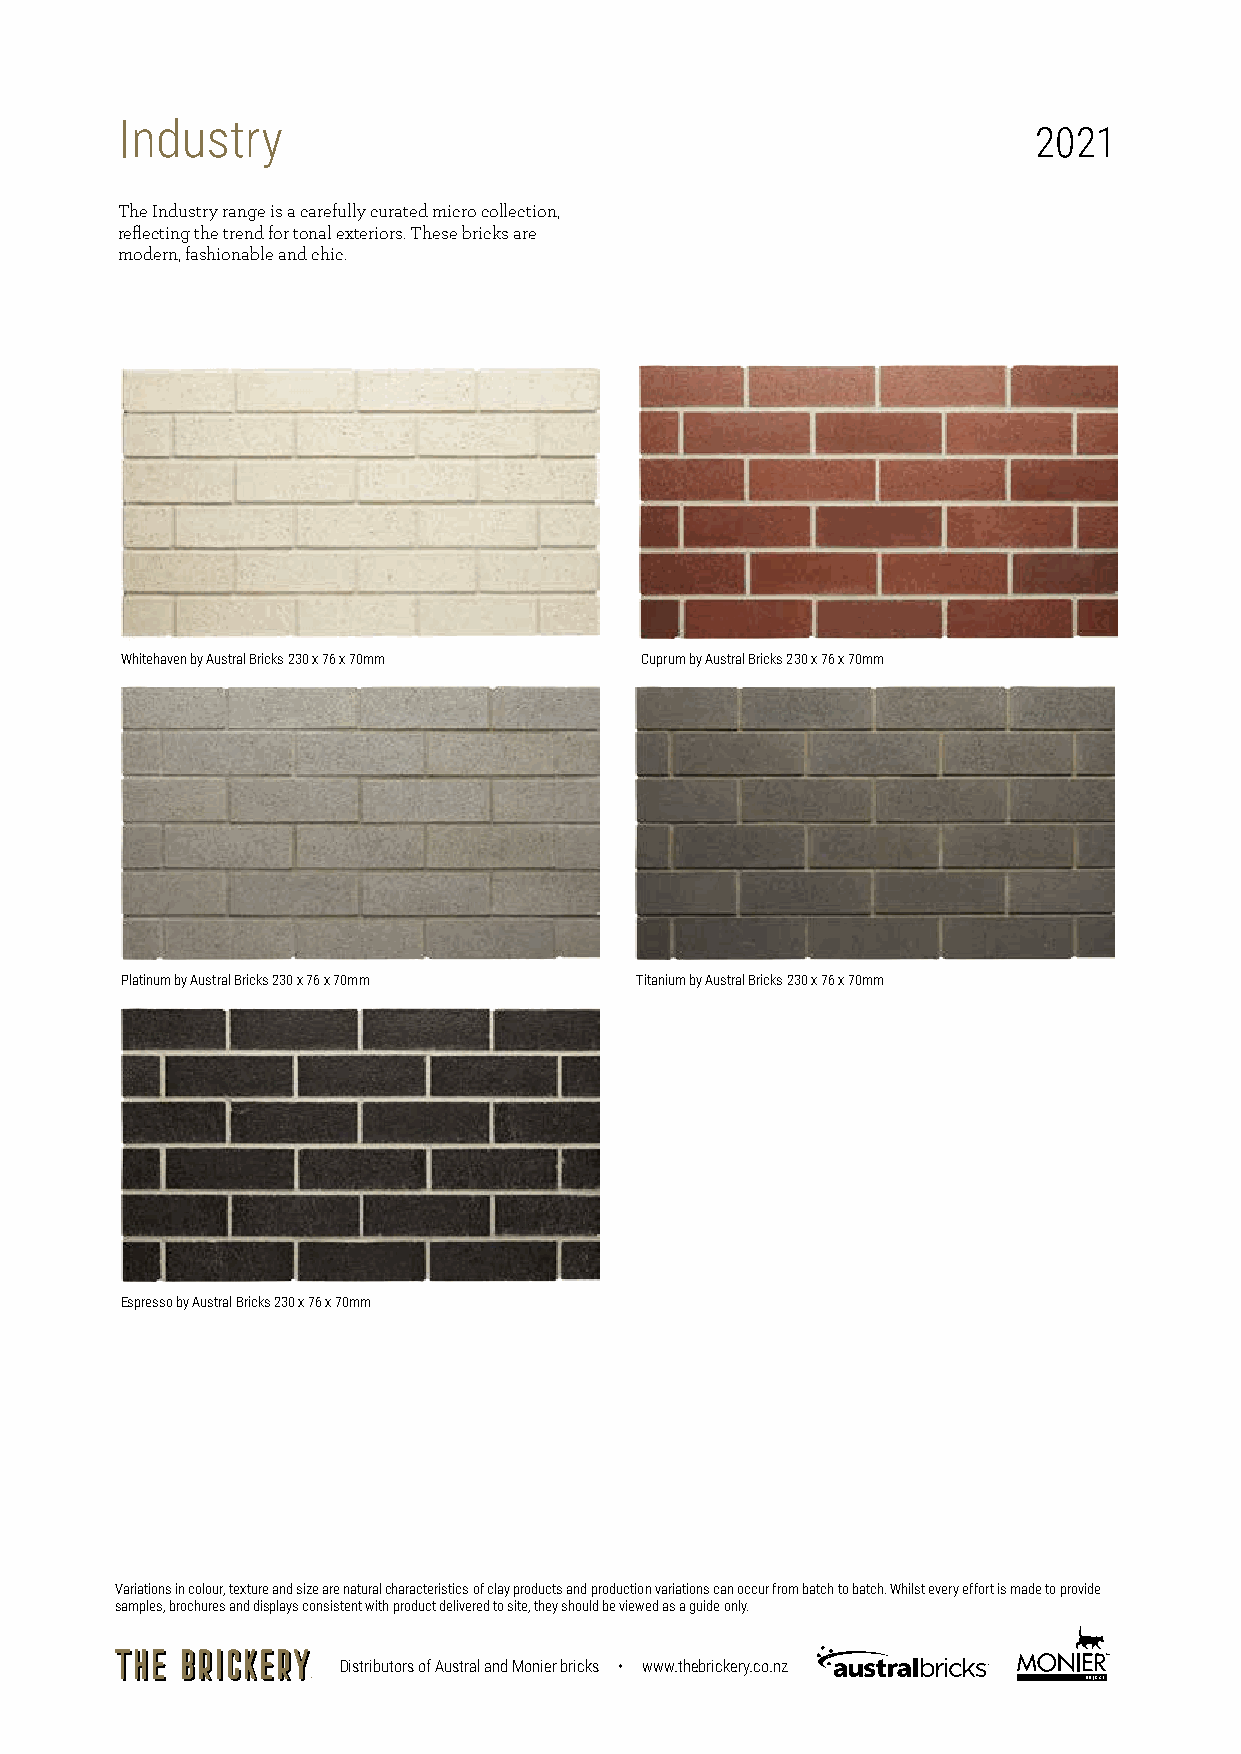
Industry
 2021
 The Industry range is a carefully curated micro collection,
 reflecting the trend for tonal exteriors. These bricks are
 modern, fashionable and chic.
 Whitehaven by Austral Bricks 230 x 76 x 70mm Cuprum by Austral Bricks 230 x 76 x 70mm
 Platinum by Austral Bricks 230 x 76 x 70mm Titanium by Austral Bricks 230 x 76 x 70mm
 Espresso by Austral Bricks 230 x 76 x 70mm
 Variations in colour, texture and size are natural characteristics of clay products and production variations can occur from batch to batch. Whilst every effort is made to provide
 samples, brochures and displays consistent with product delivered to site, they should be viewed as a guide only.
 Distributors of Austral and Monier bricks • www.thebrickery.co.nz